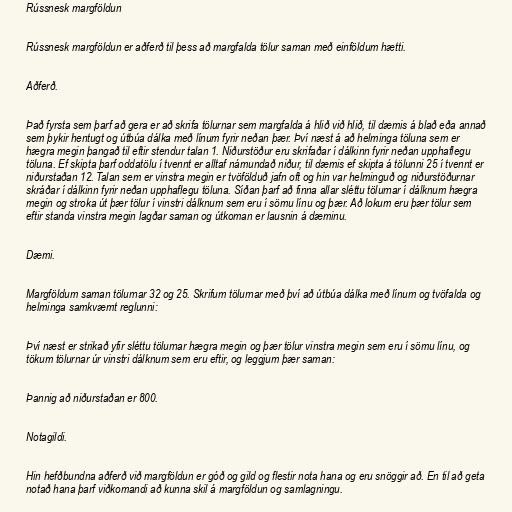
Rússnesk margföldun

Rússnesk margföldun er aðferð til þess að margfalda tölur saman með einföldum hætti.

Aðferð.

Það fyrsta sem þarf að gera er að skrifa tölurnar sem margfalda á hlið við hlið, til dæmis á blað eða annað
sem þykir hentugt og útbúa dálka með línum fyrir neðan þær. Því næst á að helminga töluna sem er
hægra megin þangað til eftir stendur talan 1. Niðurstöður eru skrifaðar í dálkinn fyrir neðan upphaflegu
töluna. Ef skipta þarf oddatölu í tvennt er alltaf námundað niður, til dæmis ef skipta á tölunni 25 í tvennt er
niðurstaðan 12. Talan sem er vinstra megin er tvöfölduð jafn oft og hin var helminguð og niðurstöðurnar
skráðar í dálkinn fyrir neðan upphaflegu töluna. Síðan þarf að finna allar sléttu tölurnar í dálknum hægra
megin og stroka út þær tölur í vinstri dálknum sem eru í sömu línu og þær. Að lokum eru þær tölur sem
eftir standa vinstra megin lagðar saman og útkoman er lausnin á dæminu.

Dæmi.

Margföldum saman tölurnar 32 og 25. Skrifum tölurnar með því að útbúa dálka með línum og tvöfalda og
helminga samkvæmt reglunni:

Því næst er strikað yfir sléttu tölurnar hægra megin og þær tölur vinstra megin sem eru í sömu línu, og
tökum tölurnar úr vinstri dálknum sem eru eftir, og leggjum þær saman:

Þannig að niðurstaðan er 800.

Notagildi.

Hin hefðbundna aðferð við margföldun er góð og gild og flestir nota hana og eru snöggir að. En til að geta
notað hana þarf viðkomandi að kunna skil á margföldun og samlagningu.